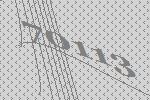
70113